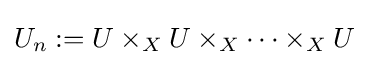
U_{n}:=U\times _{X}U\times _{X}\dots \times _{X}U